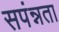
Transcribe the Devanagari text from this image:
सपंन्नता